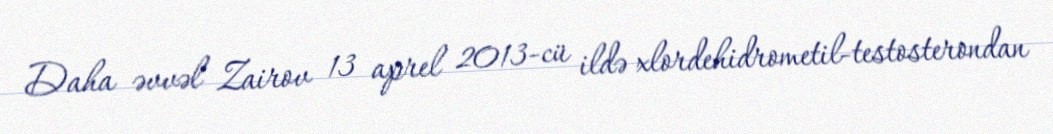
Daha əvvəl Zairov 13 aprel 2013-cü ildə xlordehidrometil-testosterondan